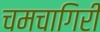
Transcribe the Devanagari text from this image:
चमचागिरी